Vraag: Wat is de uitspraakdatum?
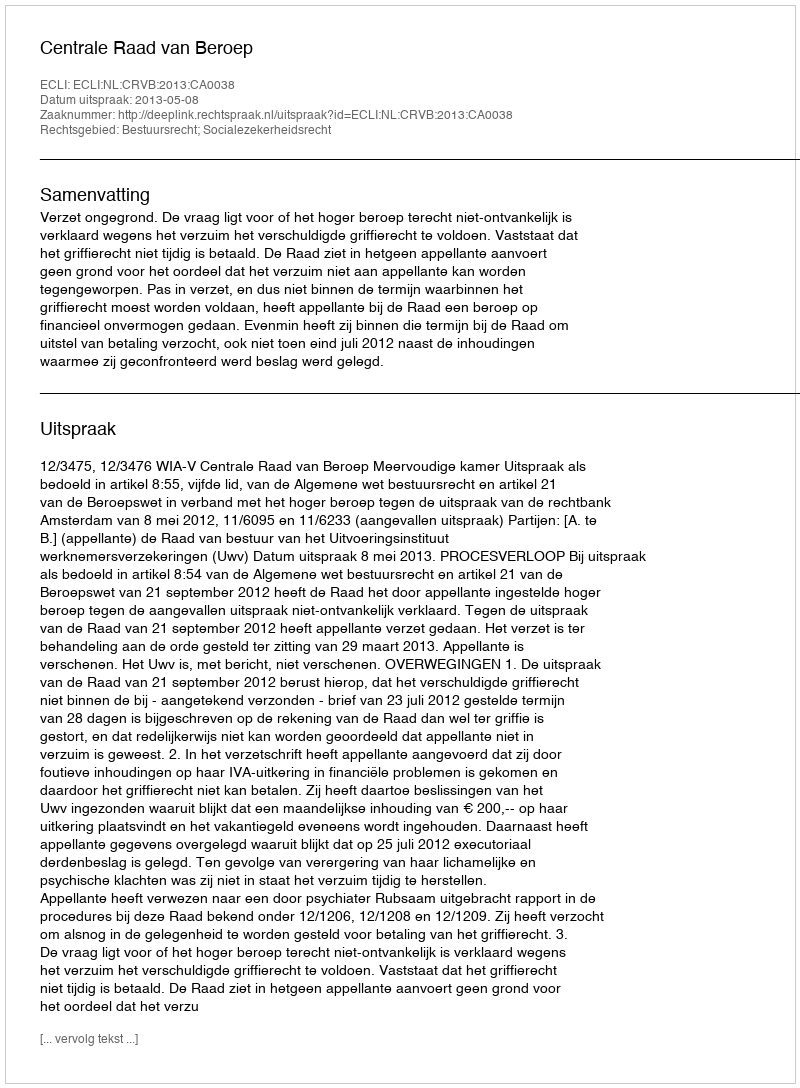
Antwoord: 2013-05-08